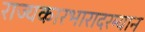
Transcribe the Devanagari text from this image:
राज्यकारभारादरम्यान